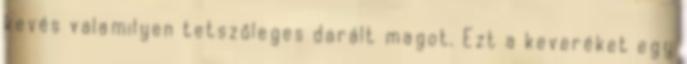
kevés valamilyen tetszőleges darált magot. Ezt a keveréket egy